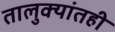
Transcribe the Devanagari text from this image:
तालुक्यांतही